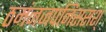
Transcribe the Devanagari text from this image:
ठमंनजपनिससश्